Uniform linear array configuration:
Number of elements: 32
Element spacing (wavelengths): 0.5
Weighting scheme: binomial
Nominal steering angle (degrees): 0
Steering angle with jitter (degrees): -1.809
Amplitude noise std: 0.05
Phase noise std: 0.05

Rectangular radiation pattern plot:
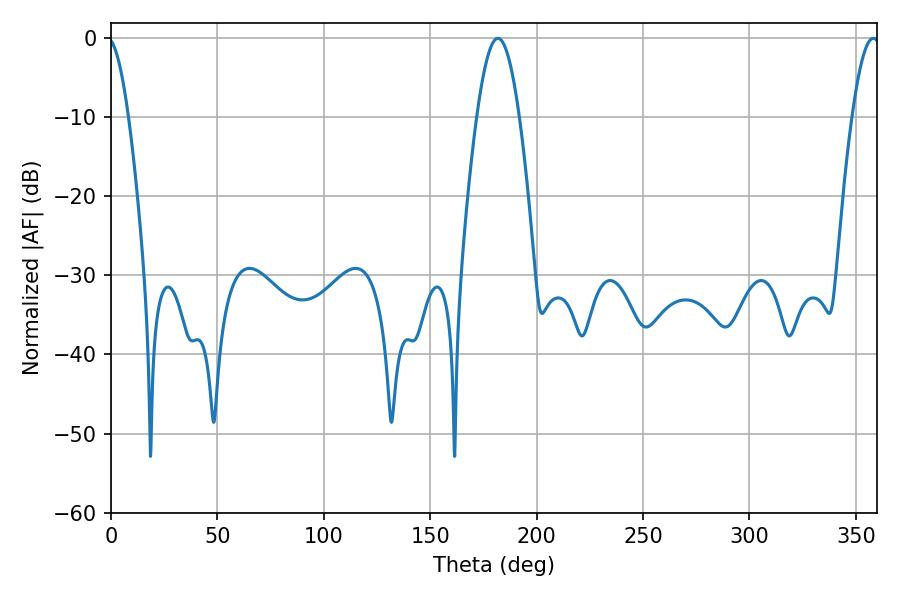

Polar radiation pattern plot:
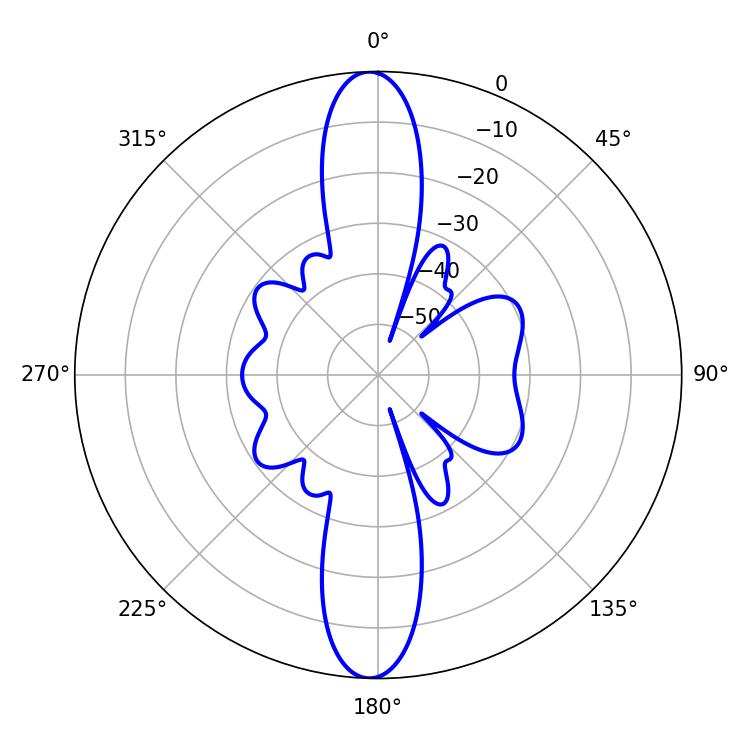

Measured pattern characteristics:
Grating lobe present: FALSE
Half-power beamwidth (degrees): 10.8
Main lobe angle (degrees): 181.8